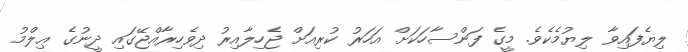
ލިޔެފައިވާ ލިޔުމެކެވެ. މީގެ ފަންސާހަކަށް އަހަރު ކުރިއަށް ޖެހިލާއިރު ދިވެހިރާއްޖޭގައި ދީނުގެ ޢިލްމު